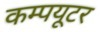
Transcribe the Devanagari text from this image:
कम्‍पयूटर